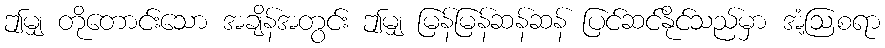
ဤမျှ တိုတောင်းသော အချိန်အတွင်း ဤမျှ မြန်မြန်ဆန်ဆန် ပြင်ဆင်နိုင်သည်မှာ အံ့ဩစရာ